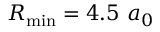
R _ { \mathrm { m i n } } = 4 . 5 ~ a _ { 0 }